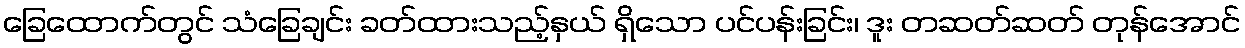
ခြေထောက်တွင် သံခြေချင်း ခတ်ထားသည့်နှယ် ရှိသော ပင်ပန်းခြင်း၊ ဒူး တဆတ်ဆတ် တုန်အောင်